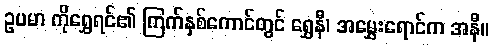
ဥပမာ ကိုရွှေရင်၏ ကြက်နှစ်ကောင်တွင် ရွှေနီ၊ အမွှေးရောင်က အနီ။